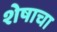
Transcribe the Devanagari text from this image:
शेषाचा